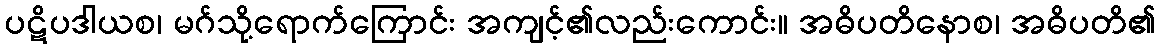
ပဋိပဒါယစ၊ မဂ်သို့ရောက်ကြောင်း အကျင့်၏လည်းကောင်း။ အဓိပတိနောစ၊ အဓိပတိ၏